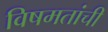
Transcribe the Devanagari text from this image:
विषमतांची